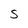
Character: S